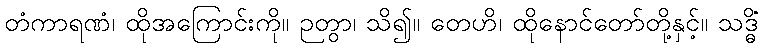
တံကာရဏံ၊ ထိုအကြောင်းကို။ ဉတွာ၊ သိ၍။ တေဟိ၊ ထိုနောင်တော်တို့နှင့်။ သဒ္ဓိံ